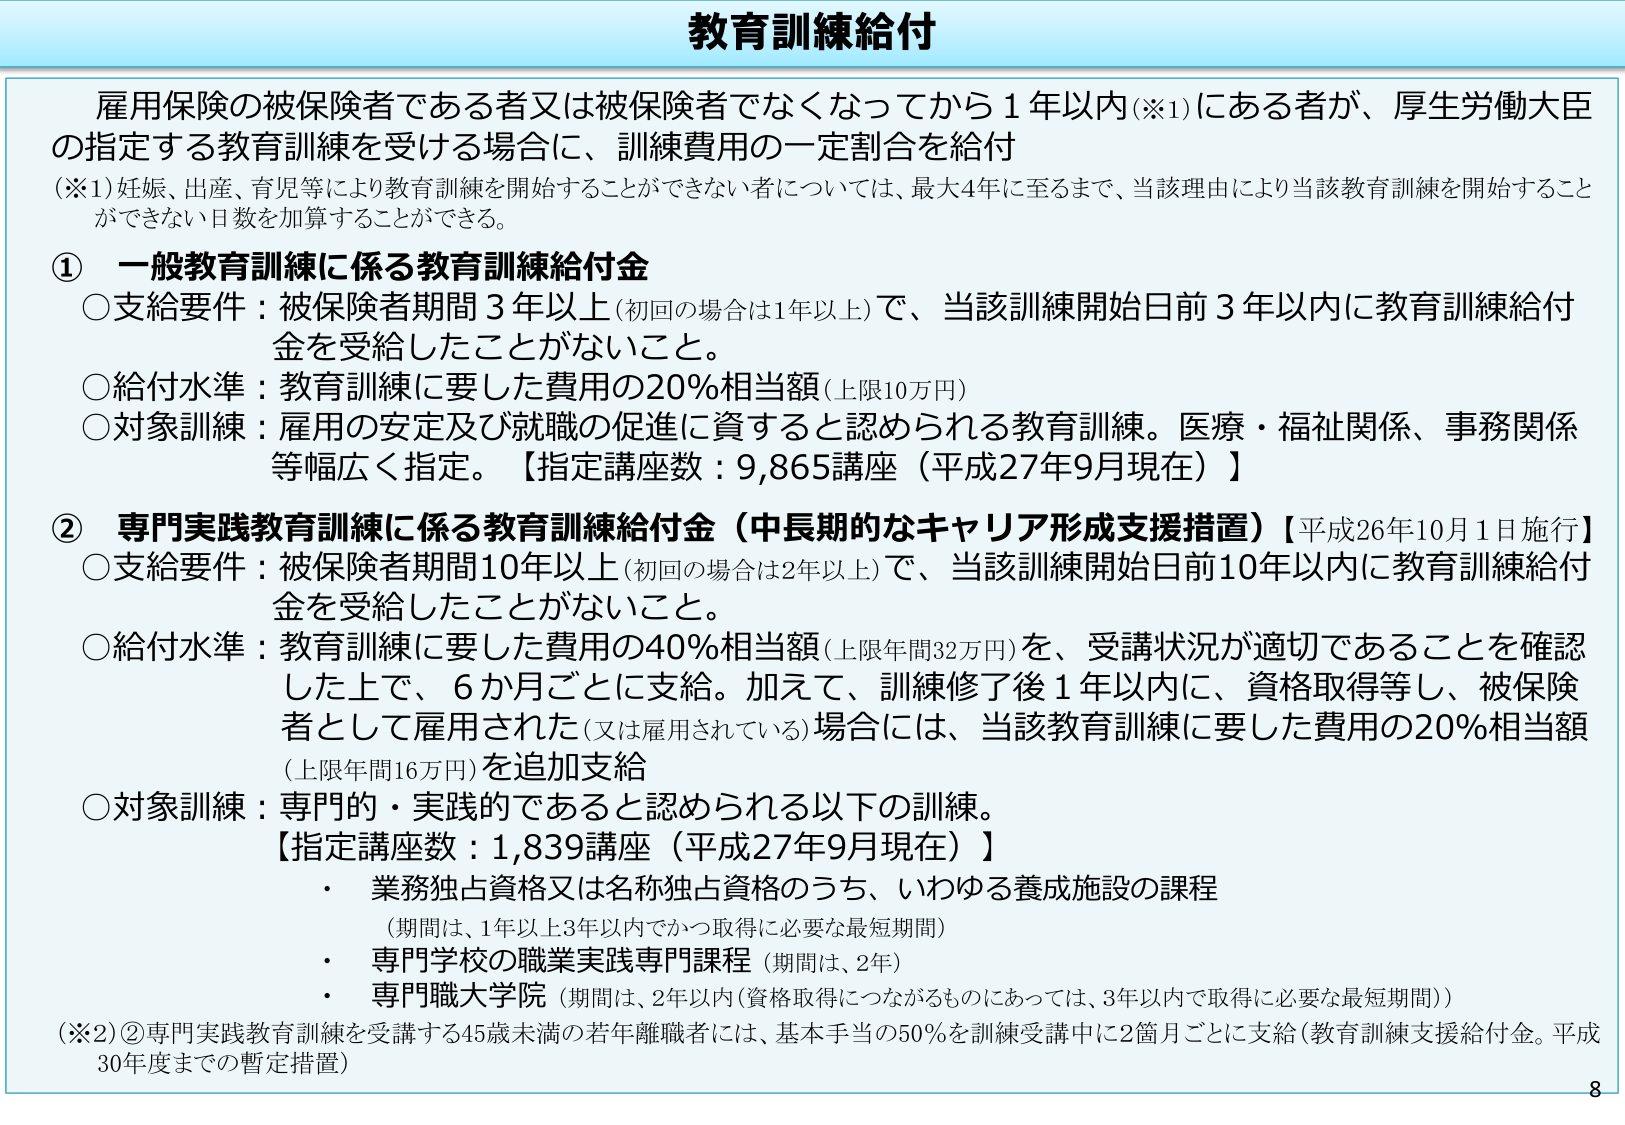
教育訓練給付

雇用保険の被保険者である者又は被保険者でなくなってから１年以内（※1）にある者が、厚生労働大臣の指定する教育訓練を受ける場合に、訓練費用の一定割合を給付

（※1）妊娠、出産、育児等により教育訓練を開始することができない者については、最大4年に至るまで、当該理由により当該教育訓練を開始することができない日数を加算することができる。

① 一般教育訓練に係る教育訓練給付金
○支給要件：被保険者期間3年以上（初回の場合は1年以上）で、当該訓練開始日前3年以内に教育訓練給付金を受給したことがないこと。
○給付水準：教育訓練に要した費用の20％相当額（上限10万円）
○対象訓練：雇用の安定及び就職の促進に資すると認められる教育訓練。医療・福祉関係、事務関係等幅広く指定。【指定講座数：9,865講座（平成27年9月現在）】

② 専門実践教育訓練に係る教育訓練給付金（中長期的なキャリア形成支援措置）【平成26年10月1日施行】
○支給要件：被保険者期間10年以上（初回の場合は2年以上）で、当該訓練開始日前10年以内に教育訓練給付金を受給したことがないこと。
○給付水準：教育訓練に要した費用の40％相当額（上限年間32万円）を、受講状況が適切であることを確認した上で、6か月ごとに支給。加えて、訓練修了後1年以内に、資格取得等し、被保険者として雇用された（又は雇用されている）場合には、当該教育訓練に要した費用の20％相当額（上限年間16万円）を追加支給
○対象訓練：専門的・実践的であると認められる以下の訓練。
【指定講座数：1,839講座（平成27年9月現在）】
・ 業務独占資格又は名称独占資格のうち、いわゆる養成施設の課程
（期間は、1年以上3年以内でかつ取得に必要な最短期間）
・ 専門学校の職業実践専門課程（期間は、2年）
・ 専門職大学院（期間は、2年以内（資格取得につながるものにあっては、3年以内で取得に必要な最短期間））

（※2）②専門実践教育訓練を受講する45歳未満の若年離職者には、基本手当の50％を訓練受講中に2箇月ごとに支給（教育訓練支援給付金。平成30年度までの暫定措置）

8